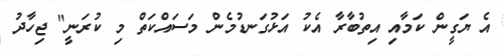
އެ ޔަގީން ކަމާއި އިތުބާރާ އެކު އަޅުގަނޑުމެން މަސައްކަތް މި ކުރަނީ" ޖިހާދު